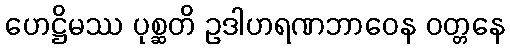
ဟေဋ္ဌိမဿ ပုစ္ဆတိ ဥဒါဟရဏဘာဝေန ဝတ္တနေ